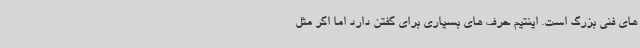
های فنی بزرگ است. اینتیم حرف های بسیاری برای گفتن دارد اما اگر مثل